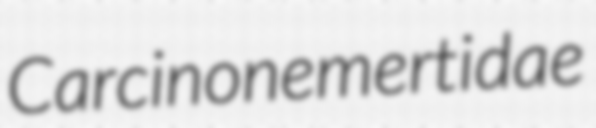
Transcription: Carcinonemertidae